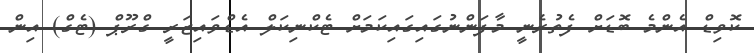
ކޮވިޑް އެންމެ ބޮޑަށް ފެތުރެނީ މާފަންނުގައިގައިކަމަށް ޓެކްނިކަލް އެޑްވައިޒަރީ ގްރޫޕް (ޓެގް) އިން